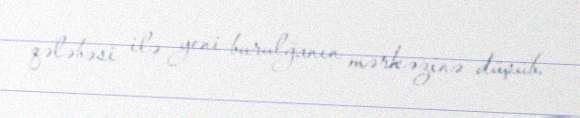
qələbəsi ilə yeni burulğanın mərkəzinə düşüb.